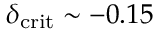
\delta _ { \mathrm { c r i t } } \sim - 0 . 1 5